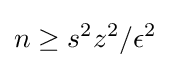
n\geq s^{2}z^{2}/\epsilon ^{2}